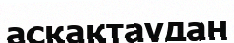
асқақтаудан